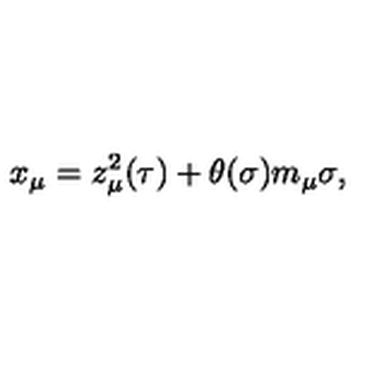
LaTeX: x _ { \mu } = z _ { \mu } ^ { 2 } ( \tau ) + \theta ( \sigma ) m _ { \mu } \sigma ,